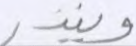
وينذر